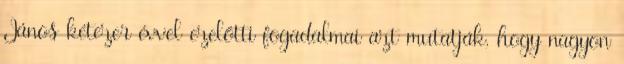
János kétezer évvel ezelőtti fogadalmai azt mutatják, hogy nagyon